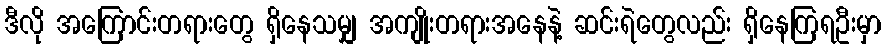
ဒီလို အကြောင်းတရားတွေ ရှိနေသမျှ အကျိုးတရားအနေနဲ့ ဆင်းရဲတွေလည်း ရှိနေကြရဦးမှာ